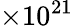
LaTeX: \times 10^{21}